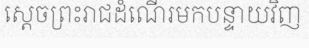
ស្តេចព្រះរាជដំណើរមកបន្ទាយវិញ